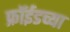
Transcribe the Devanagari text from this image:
फ्रॉईडच्या